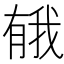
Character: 𪱤